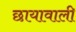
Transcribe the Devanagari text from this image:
छायावाली